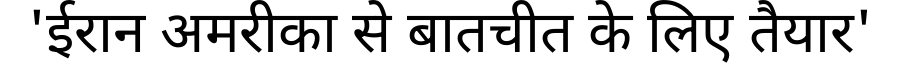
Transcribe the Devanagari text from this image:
'ईरान अमरीका से बातचीत के लिए तैयार'